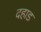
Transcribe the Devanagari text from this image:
दहाड